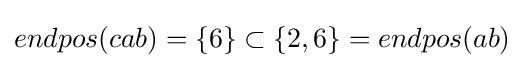
endpos(cab)=\{6\}\subset \{2,6\}=endpos(ab)